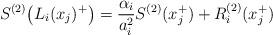
LaTeX: \begin{align*}S^{(2)}\big(L_i(x_j)^+\big)= \frac{\alpha_i}{a_i^2}S^{(2)}(x_j^+)+ R_i^{(2)}(x_j^+)\end{align*}